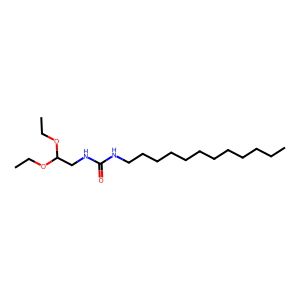
SMILES: CCCCCCCCCCCCNC(=O)NCC(OCC)OCC
Inhibits HIV replication: No